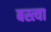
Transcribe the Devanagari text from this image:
बस्त्या